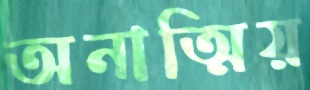
অনাত্মিয়